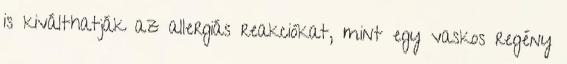
is kiválthatják az allergiás reakciókat, mint egy vaskos regény